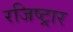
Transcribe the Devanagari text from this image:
रजिष्ट्रार